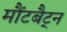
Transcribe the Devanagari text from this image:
मौंटबैट्न